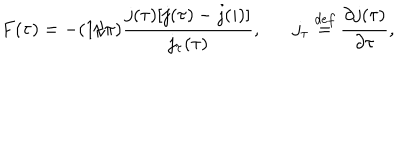
F ( \tau ) = - ( 1 / \pi ) \frac { j ( \tau ) [ j ( \tau ) - j ( i ) ] } { j _ { \tau } ( \tau ) } , j _ { \tau } \stackrel { d e f } { = } \frac { \partial j ( \tau ) } { \partial \tau } ,